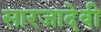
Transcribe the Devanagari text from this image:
सारजादेवी